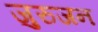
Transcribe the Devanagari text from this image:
जुरुजन